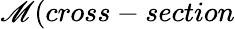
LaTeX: \mathscr{M}(cross-section